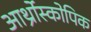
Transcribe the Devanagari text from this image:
आर्थ्रोस्कोपिक